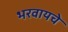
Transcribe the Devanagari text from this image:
भरवायचे